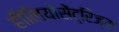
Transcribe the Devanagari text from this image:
हीलियोसेंट्रिज्म